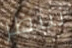
ننتظر